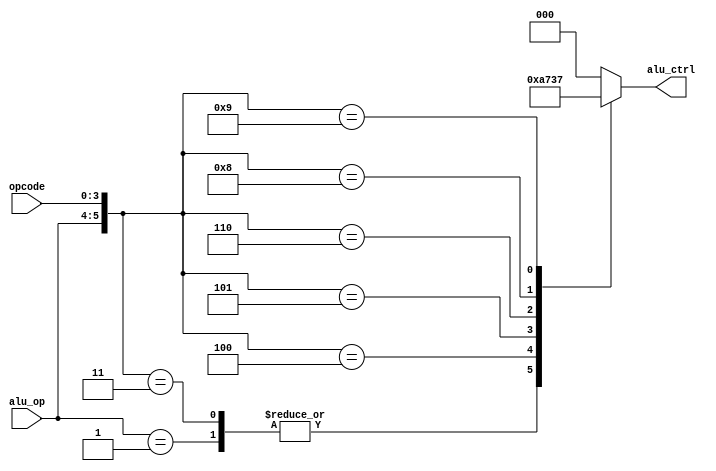
`timescale 1ns / 1ps

module ALU_Control(alu_ctrl, alu_op, opcode);  
 
  input [1:0] alu_op;  
  input [3:0] opcode;  
  output reg [2:0] alu_ctrl;
  wire [5:0] alu_ctrl_in;  
  
  assign alu_ctrl_in = {alu_op, opcode};  
  
  always @(alu_ctrl_in)  
    begin
      casex (alu_ctrl_in)
        6'b10xxxx: alu_ctrl = 3'b000;  
        6'b01xxxx: alu_ctrl = 3'b001;  
        6'b000010: alu_ctrl = 3'b000;  
        6'b000011: alu_ctrl = 3'b001;  
        6'b000100: alu_ctrl = 3'b010;  
        6'b000101: alu_ctrl = 3'b011;  
        6'b000110: alu_ctrl = 3'b100;  
        6'b000101: alu_ctrl = 3'b101;  
        6'b001000: alu_ctrl = 3'b110;  
        6'b001001: alu_ctrl = 3'b111;  
        default: alu_ctrl = 3'b000;
      endcase
    end

endmodule